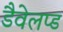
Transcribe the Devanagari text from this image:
डैवेलप्ड